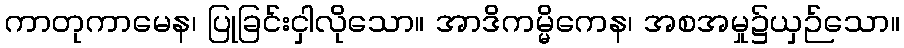
ကာတုကာမေန၊ ပြုခြင်းငှါလိုသော။ အာဒိကမ္မိကေန၊ အစအမှု၌ယှဉ်သော။